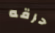
حرقه